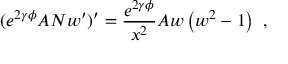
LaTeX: ( e ^ { 2 \gamma \phi } A N w ^ { \prime } ) ^ { \prime } = \frac { e ^ { 2 \gamma \phi } } { x ^ { 2 } } A w \left( w ^ { 2 } - 1 \right) \ ,